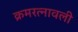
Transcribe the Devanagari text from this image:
क्रमरत्नावली